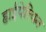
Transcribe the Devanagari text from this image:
हाईपेरियन